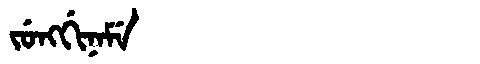
Manchu: ᠵᡠᠩᡤᡳᠨᠠᠮᡝ
Romanization: JUNGGINAME